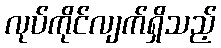
လုပ်ကိုင်လျက်ရှိသည့်